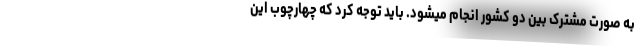
به صورت مشترک بین دو کشور انجام میشود. باید توجه کرد که چهارچوب این